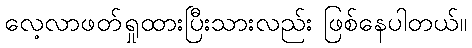
လေ့လာဖတ်ရှုထားပြီးသားလည်း ဖြစ်နေပါတယ်။